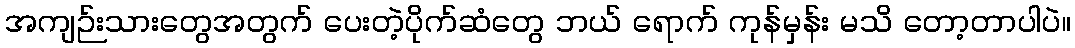
အကျဉ်းသားတွေအတွက် ပေးတဲ့ပိုက်ဆံတွေ ဘယ် ရောက် ကုန်မှန်း မသိ တော့တာပါပဲ။